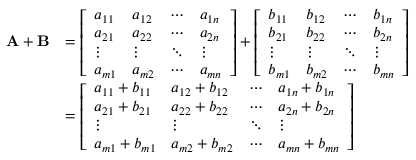
{ \begin{array} { r l } { \mathbf { A } + \mathbf { B } } & { = { \left[ \begin{array} { l l l l } { a _ { 1 1 } } & { a _ { 1 2 } } & { \cdots } & { a _ { 1 n } } \\ { a _ { 2 1 } } & { a _ { 2 2 } } & { \cdots } & { a _ { 2 n } } \\ { \vdots } & { \vdots } & { \ddots } & { \vdots } \\ { a _ { m 1 } } & { a _ { m 2 } } & { \cdots } & { a _ { m n } } \end{array} \right] } + { \left[ \begin{array} { l l l l } { b _ { 1 1 } } & { b _ { 1 2 } } & { \cdots } & { b _ { 1 n } } \\ { b _ { 2 1 } } & { b _ { 2 2 } } & { \cdots } & { b _ { 2 n } } \\ { \vdots } & { \vdots } & { \ddots } & { \vdots } \\ { b _ { m 1 } } & { b _ { m 2 } } & { \cdots } & { b _ { m n } } \end{array} \right] } } \\ & { = { \left[ \begin{array} { l l l l } { a _ { 1 1 } + b _ { 1 1 } } & { a _ { 1 2 } + b _ { 1 2 } } & { \cdots } & { a _ { 1 n } + b _ { 1 n } } \\ { a _ { 2 1 } + b _ { 2 1 } } & { a _ { 2 2 } + b _ { 2 2 } } & { \cdots } & { a _ { 2 n } + b _ { 2 n } } \\ { \vdots } & { \vdots } & { \ddots } & { \vdots } \\ { a _ { m 1 } + b _ { m 1 } } & { a _ { m 2 } + b _ { m 2 } } & { \cdots } & { a _ { m n } + b _ { m n } } \end{array} \right] } } \end{array} }